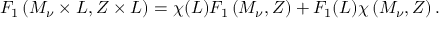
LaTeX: F _ { 1 } \left( M _ { \nu } \times L , Z \times L \right) = \chi ( L ) F _ { 1 } \left( M _ { \nu } , Z \right) + F _ { 1 } ( L ) \chi \left( M _ { \nu } , Z \right) .